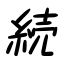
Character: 続